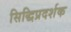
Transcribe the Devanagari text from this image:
सिद्धिप्रदर्शक